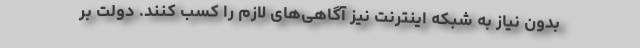
بدون نیاز به شبکه اینترنت نیز آگاهی‌های لازم را کسب کنند. دولت بر